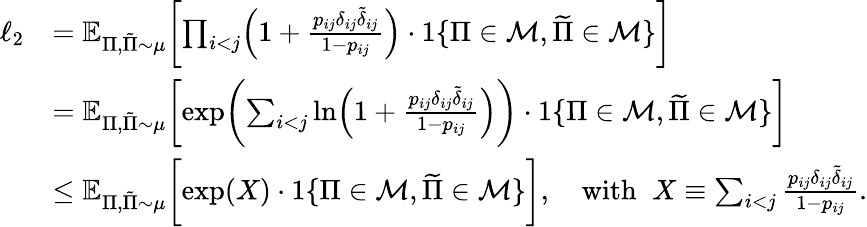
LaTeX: \begin{array}{rl}{\ell_{2}}&{=\mathbb{E}_{\Pi,\tilde{\Pi}\sim\mu}\biggl[\prod_{i<j}\Bigl(1+\frac{p_{ij}\delta_{ij}\tilde{\delta}_{ij}}{1-p_{ij}}\Bigr)\cdot 1\{ \Pi\in{\cal M},\widetilde{\Pi}\in{\cal M}\} \biggr]}\\ &{=\mathbb{E}_{\Pi,\tilde{\Pi}\sim\mu}\biggl[\exp\biggl(\sum_{i<j}\ln\Bigl(1+\frac{p_{ij}\delta_{ij}\tilde{\delta}_{ij}}{1-p_{ij}}\Bigr)\biggr)\cdot 1\{ \Pi\in{\cal M},\widetilde{\Pi}\in{\cal M}\} \biggr]}\\ &{\leq\mathbb{E}_{\Pi,\tilde{\Pi}\sim\mu}\biggl[\exp(X)\cdot 1\{ \Pi\in{\cal M},\widetilde{\Pi}\in{\cal M}\} \biggr],\quad\mathrm{with}\; \; X\equiv\sum_{i<j}\frac{p_{ij}\delta_{ij}\tilde{\delta}_{ij}}{1-p_{ij}}.}\end{array}